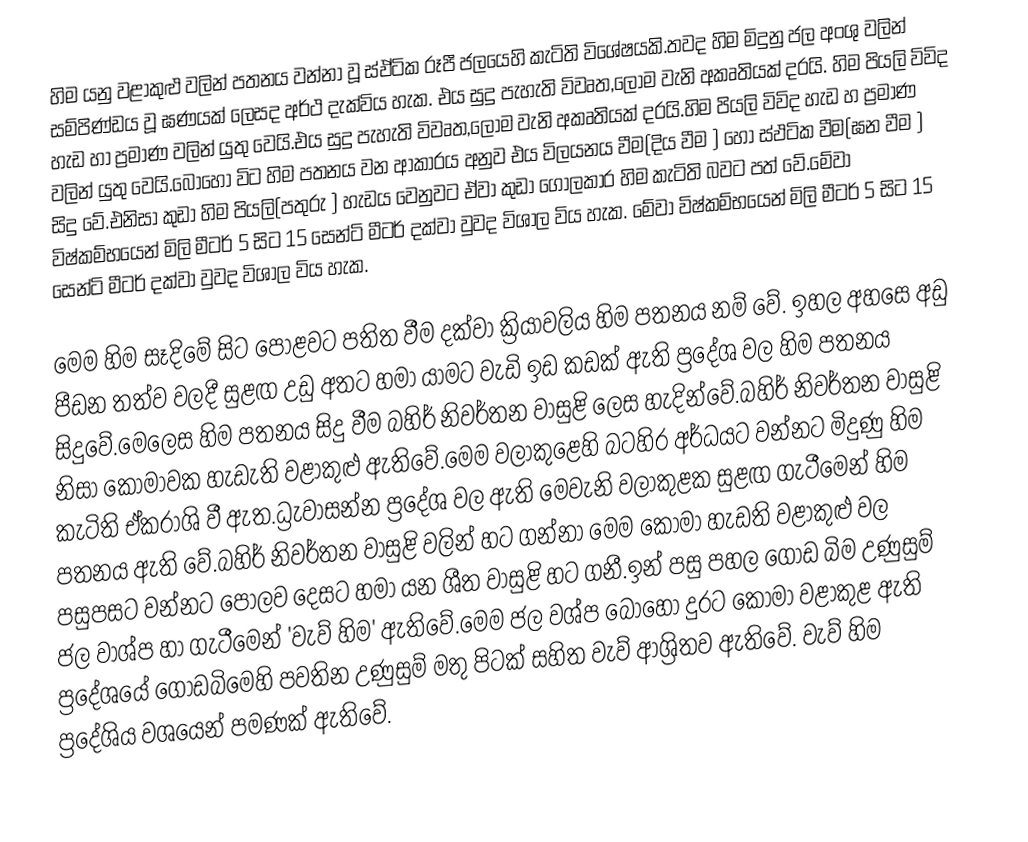
හිම යනු වළාකුළු වලින් පතනය වන්නා වූ ස්ඵ්ටික රූපී ජලයෙහි කැටිති විශේෂයකි.තවද  හිම මිදුනු ජල අංශු වලින් සම්පිණ්ඩය වූ ඝණයක් ලෙසද අර්ථ දැක්විය හැක. එය සුදු පැහැති විවෘත,ලෝම වැනි අකෘතියක් දරයි. හිම පියලි විවිද හැඩ හා ප්‍රමාණ වලින් යුතු වෙයි.එය සුදු පැහැති විවෘත,ලෝම වැනි අකෘතියක් දරයි.හිම පියලි විවිද හැඩ හ ප්‍රමාණ වලින් යුතු වෙයි.බොහෝ විට හිම පතනය වන ආකාරය අනුව එය විලයනය වීම(දිය වීම ) හෝ ස්ඵටික වීම(ඝන වීම ) සිදු වේ.එනිසා කුඩා හිම පියලි(පතුරු ) හැඩය වෙනුවට ඒවා කුඩා ගෝලකාර හිම කැටිති බවට පත් වේ.මේවා විෂ්කම්භයෙන් මිලි මීටර් 5 සිට 15 සෙන්ටි මීටර් දක්වා වුවද විශාල විය හැක. මේවා විෂ්කම්භයෙන් මිලි මීටර් 5 සිට 15 සෙන්ටි මීටර් දක්වා වුවද විශාල විය හැක.

මෙම හිම සෑදිමේ සිට පොළවට පතිත වීම දක්වා ක්‍රියාවලිය හිම පතනය නම් වේ. ඉහල අහසෙ අඩු පීඩන තත්ව වලදී සුළඟ උඩු අතට හමා යාමට වැඩි ඉඩ කඩක් ඇති ප්‍රදේශ වල හිම පතනය සිදුවේ.මෙලෙස හිම පතනය සිදු වීම බහිර් නිවර්තන වාසුළි ලෙස හැදින්වේ.බහිර් නිවර්තන වාසුළි නිසා කොමාවක හැඩැති වළාකුළු ඇතිවේ.මෙම වලාකුළෙහි බටහිර අර්ධයට වන්නට මිදුණු හිම කැටිති ඒකරාශි  වී ඇත.ධ්‍රැවාසන්න ප්‍රදේශ වල ඇති මෙවැනි වලාකුළක සුළඟ ගැටීමෙන්  හිම පතනය ඇති වේ.බහිර් නිවර්තන වාසුළි වලින් හට ගන්නා මෙම කොමා හැඩති වළාකුළු වල පසුපසට වන්නට පොලව දෙසට හමා යන ශීත වාසුළි හට ගනී.ඉන් පසු පහල ගොඩ බිම උණුසුම් ජල වාශ්ප හා ගැටීමෙන් 'වැව් හිම' ඇතිවේ.මෙම ජල වශ්ප බොහෝ දුරට කොමා වළාකුළ ඇති ප්‍රදේශයේ ගොඩබිමෙහි පවතින උණුසුම් මතු පිටක් සහිත වැව් ආශ්‍රිතව ඇතිවේ.  වැව් හිම ප්‍රදේශිය වශයෙන් පමණක් ඇතිවේ.